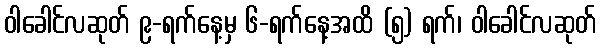
ဝါခေါင်လဆုတ် ၉-ရက်နေ့မှ ၆-ရက်နေ့အထိ (၅) ရက်၊ ဝါခေါင်လဆုတ်